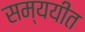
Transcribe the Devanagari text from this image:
सम्ययीत